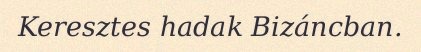
Keresztes hadak Bizáncban.